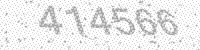
Solution: 414566